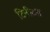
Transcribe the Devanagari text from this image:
टिनीटस